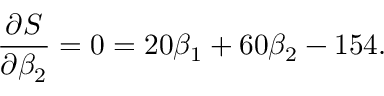
{ \frac { \partial S } { \partial \beta _ { 2 } } } = 0 = 2 0 \beta _ { 1 } + 6 0 \beta _ { 2 } - 1 5 4 .